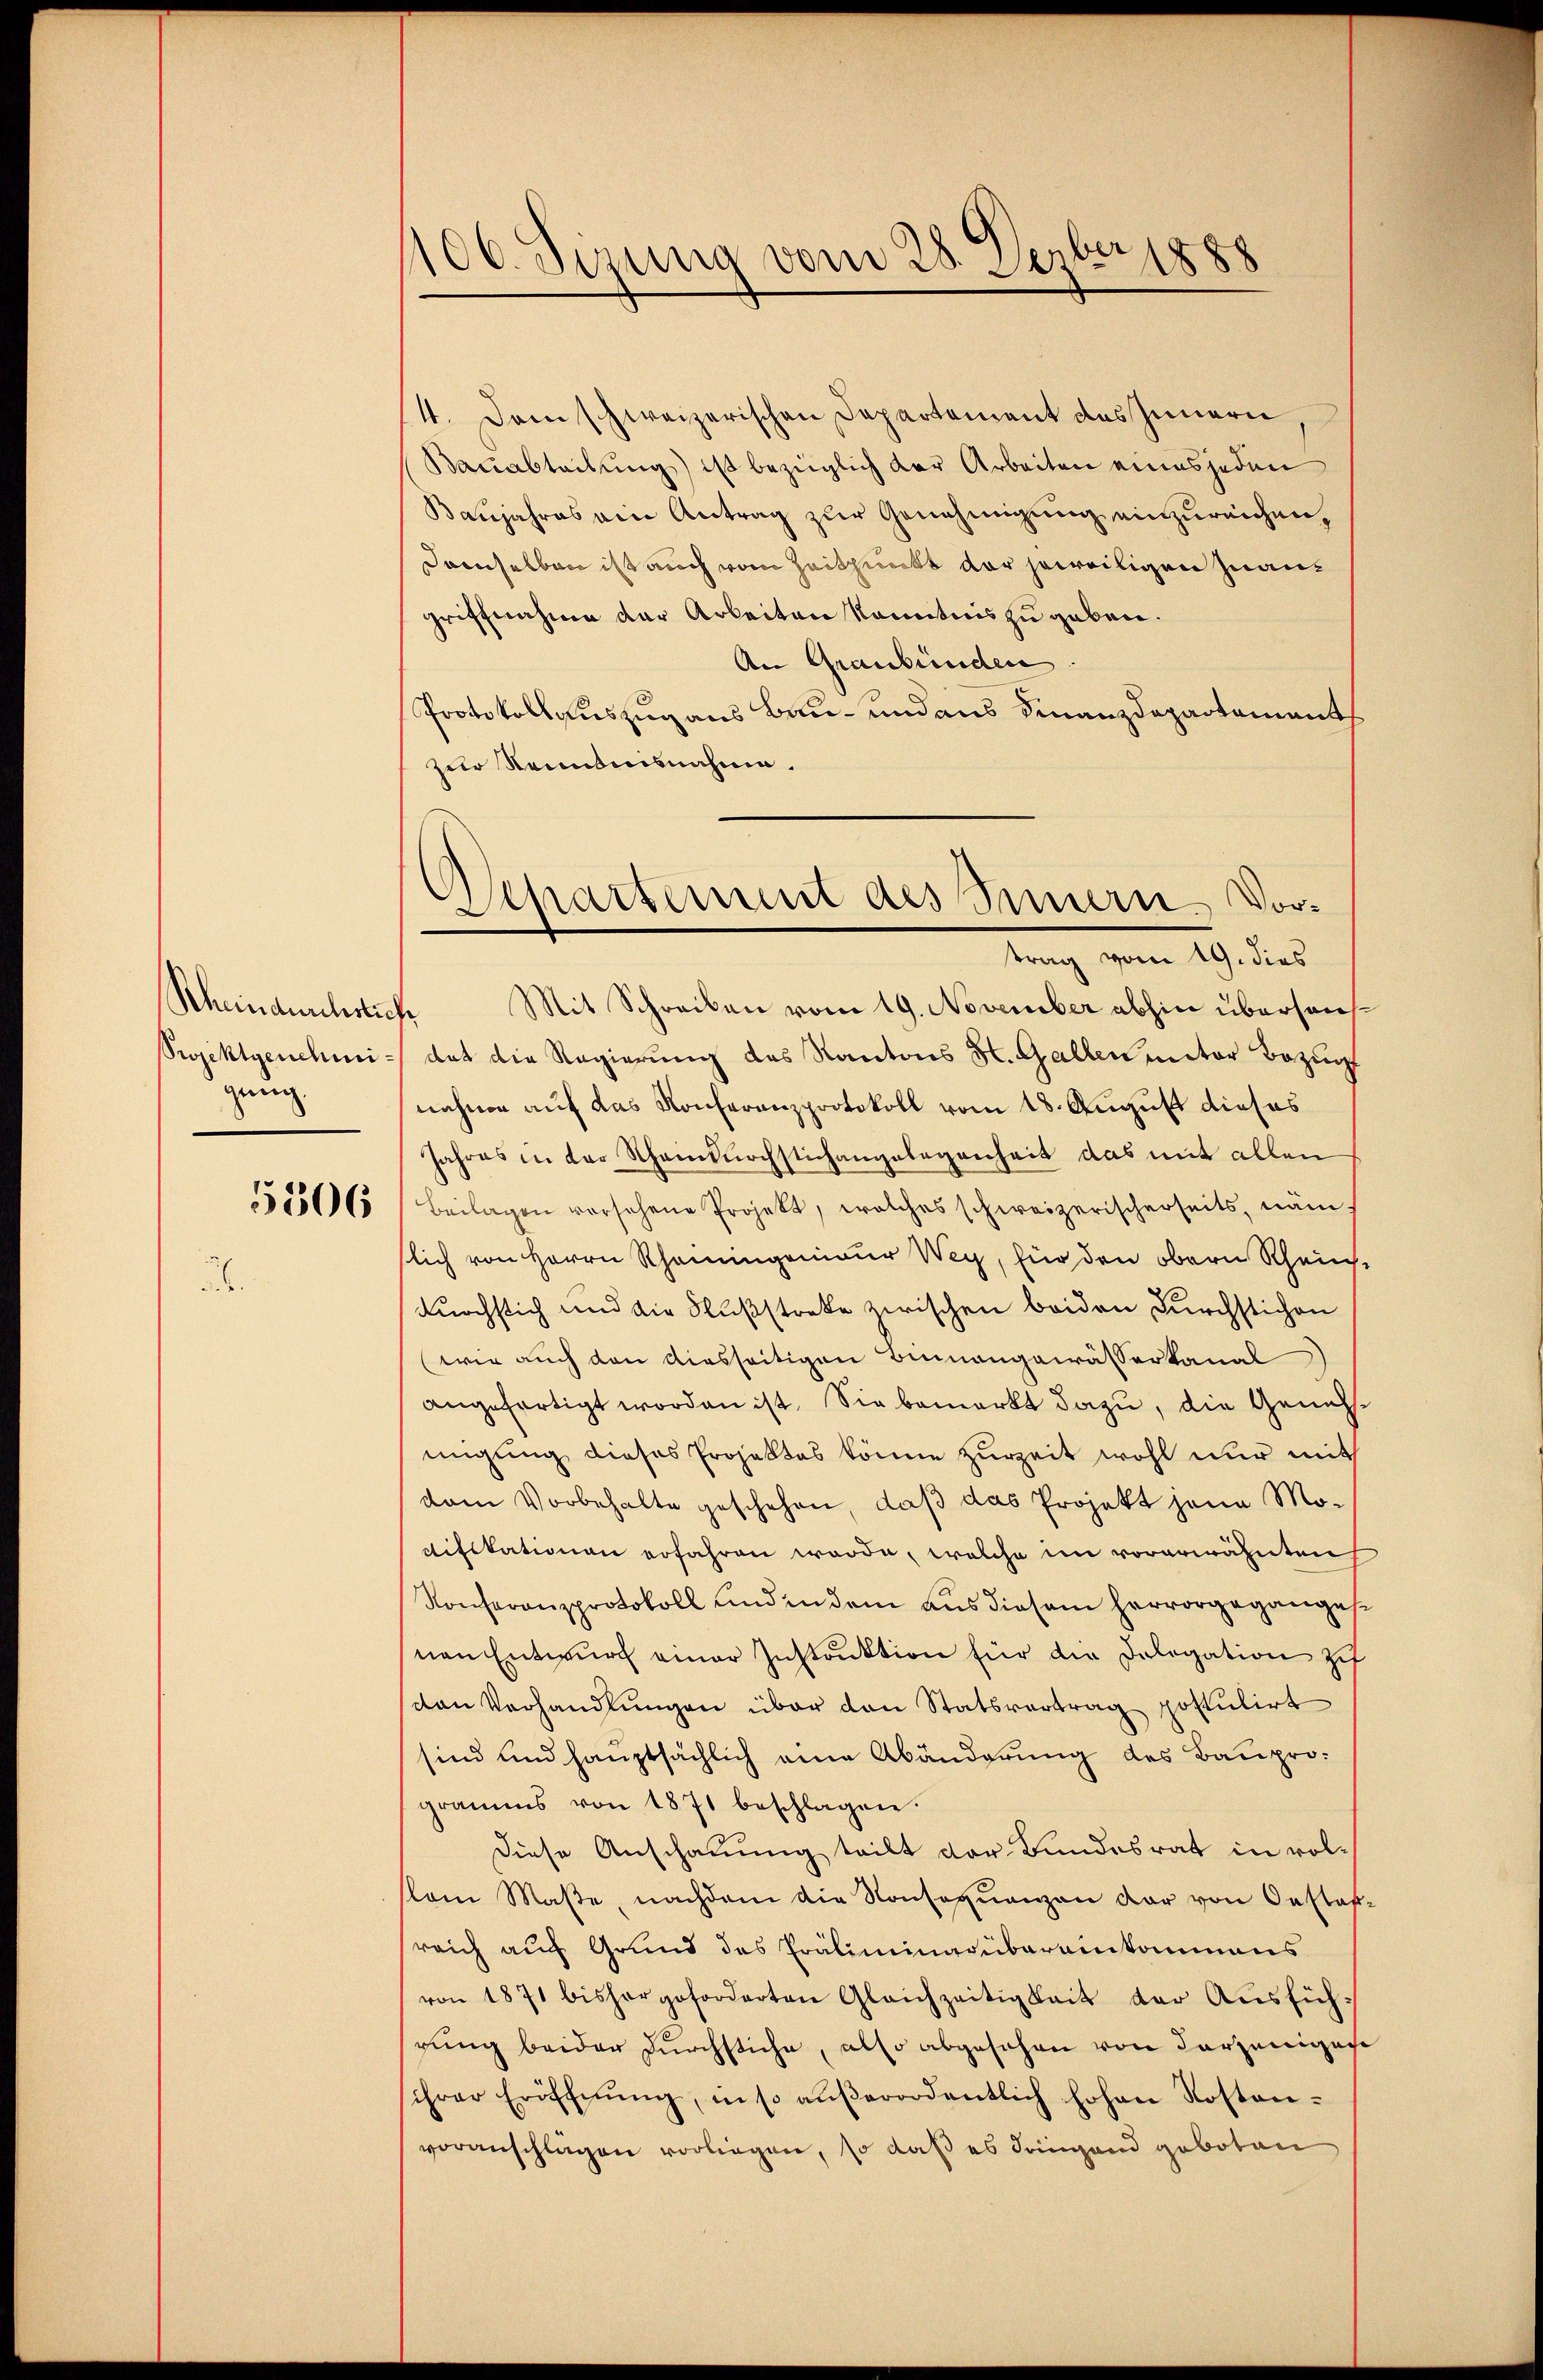
Khindurchsich
Projektgenehmigeng

5306

106. Sizung vom 28. Dezber 1888

4. Dem schweizerischen Departement des Innern,
Bauabteilung) ist bezüglich der Arbeiten eines jeden
Baujahres ein Antrag zur Genehmigung einzureichen,
damselben ist auch vom Zeitpunkt vor jeweiligen Inangriffnahme der Arbeiten kanntnis zu geben.
An Graubünden
Protokollauszug aus Bau- und aus Finanzdepartement
zur Kenntnisnahme.
f Mit Schreiben vom 19. November abhin übersausdat die Regierung des Kantons St. Gallen unter Bezug
nahme auf das Konferanzprotokoll vom 18. August dieses
Jahres in der Schandnachstichangelegenheit das mit allen
Beilagen versehene Projekt, welches schweizerischerseits, näm-
slich von Herrn Rhamingenieur Weg, für den obern Rheinch
Knöchstich und die Nußstreke zwischen beiden Durchstichen
(wie auch den diesseitigen Bunangewässerkanal
angefertigt worden ist. Sie bemerkt dazu, die Genehmigung dieses Projektes könne zurzeit wohl nur mit
dem Vorbehalte geschehen, daß das Projekt jene Mo-
difikationen erfahren werde, welche im vorerwähnten
Konferenzprotokoll und in dem aus diesem hervorgegangesnen Entwŭrf einer Instruktion für die Delegation zu
van Verhandlungen über den Statsvertrag postulirt
sind und hauptsächlich eine Abänderung des Bauprogramms von 1871 beschlagen.
Diese Anschauung teilt der Bundesrat in volslam Maβe, nachdem die Konseqŭenzen dar von Oestraf
reich auf Grund des Präliminarübereinkommens
von 1871 bisher geforderten Gleichzeitigkeit der Aŭsfüh-
rung beider Durchstiche, also abgesehen von Parzeniges
ihrer Eröffnŭng, in so aŭβerordentlich hohen Kosten-
voranschlägen vorliegen, so daß es dringend geboten

Znartement des Innern Vortrag vom 19. dies